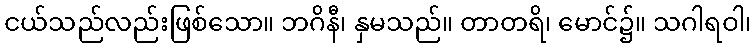
ငယ်သည်လည်းဖြစ်သော။ ဘဂိနီ၊ နှမသည်။ တာတရိ၊ မောင်၌။ သဂါရဝါ၊